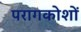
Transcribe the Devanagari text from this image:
परागकोशों